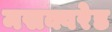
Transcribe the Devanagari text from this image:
मसक्वरेड